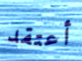
أعتقد